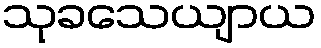
သုခသေယျာယ